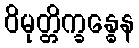
ဝိမုတ္တိက္ခန္ဓေန